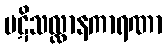
ပဋိသလ္လာနကာရဏာ